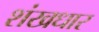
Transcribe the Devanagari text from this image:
शंखधार